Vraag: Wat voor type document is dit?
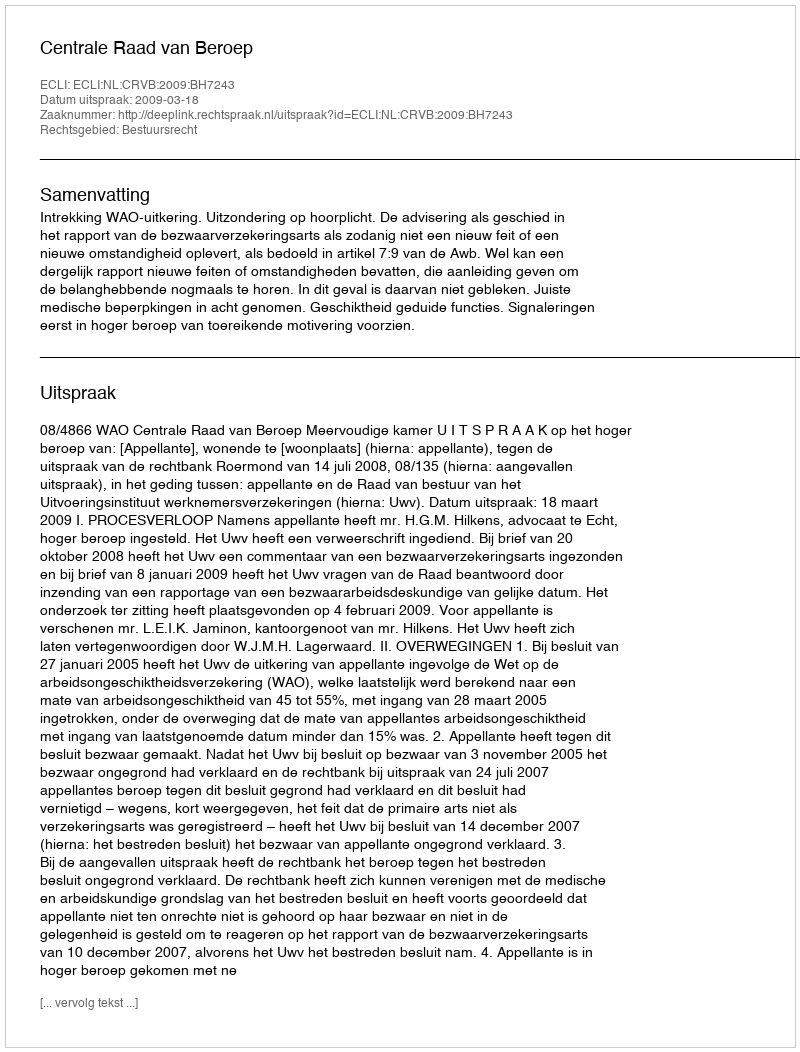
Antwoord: Uitspraak